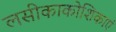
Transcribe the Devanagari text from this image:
लसीकाकोशिकाएं